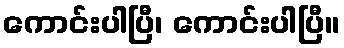
ကောင်းပါပြီ၊ ကောင်းပါပြီ။